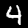
Label: 4